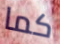
كما